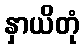
နှာယိတုံ